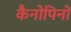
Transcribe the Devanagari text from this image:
कैनोपिनों